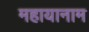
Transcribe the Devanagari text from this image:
महायानाम